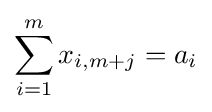
\sum _{i=1}^{m}{x_{i,m+j}}=a_{i}